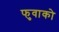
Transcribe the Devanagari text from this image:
फुवाको